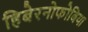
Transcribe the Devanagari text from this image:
हिबेरनोफोबिया